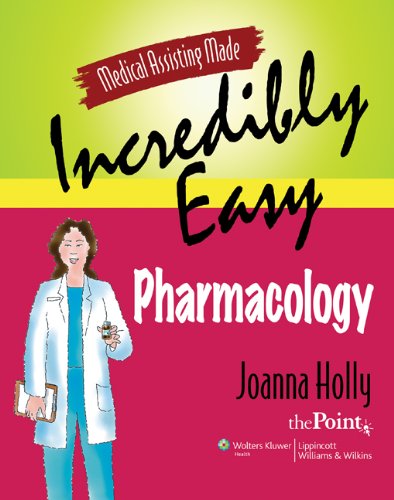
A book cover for Medical Assisting Made Incredibly Easy: Pharmacology; Joanna Holly MHSA  RN  CMA; Medical Books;